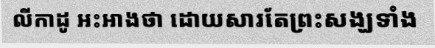
លីកាដូ អះអាងថា ដោយសារតែព្រះសង្ឃទាំង